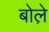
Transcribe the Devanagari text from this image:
बोले़